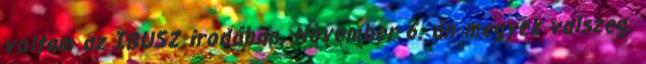
voltam az IBUSZ irodában, November 6. án megyek valszeg.